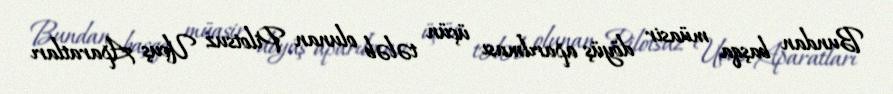
Bundan başqa müasir döyüş aparılması üçün tələb olunan Pilotsuz Uçuş Aparatları